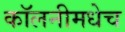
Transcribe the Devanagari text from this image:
कॉलनीमधेच